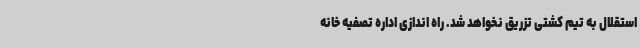
استقلال به تیم کشتی تزریق نخواهد شد. راه اندازی اداره تصفیه خانه